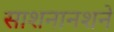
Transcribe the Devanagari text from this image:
साशनानशने